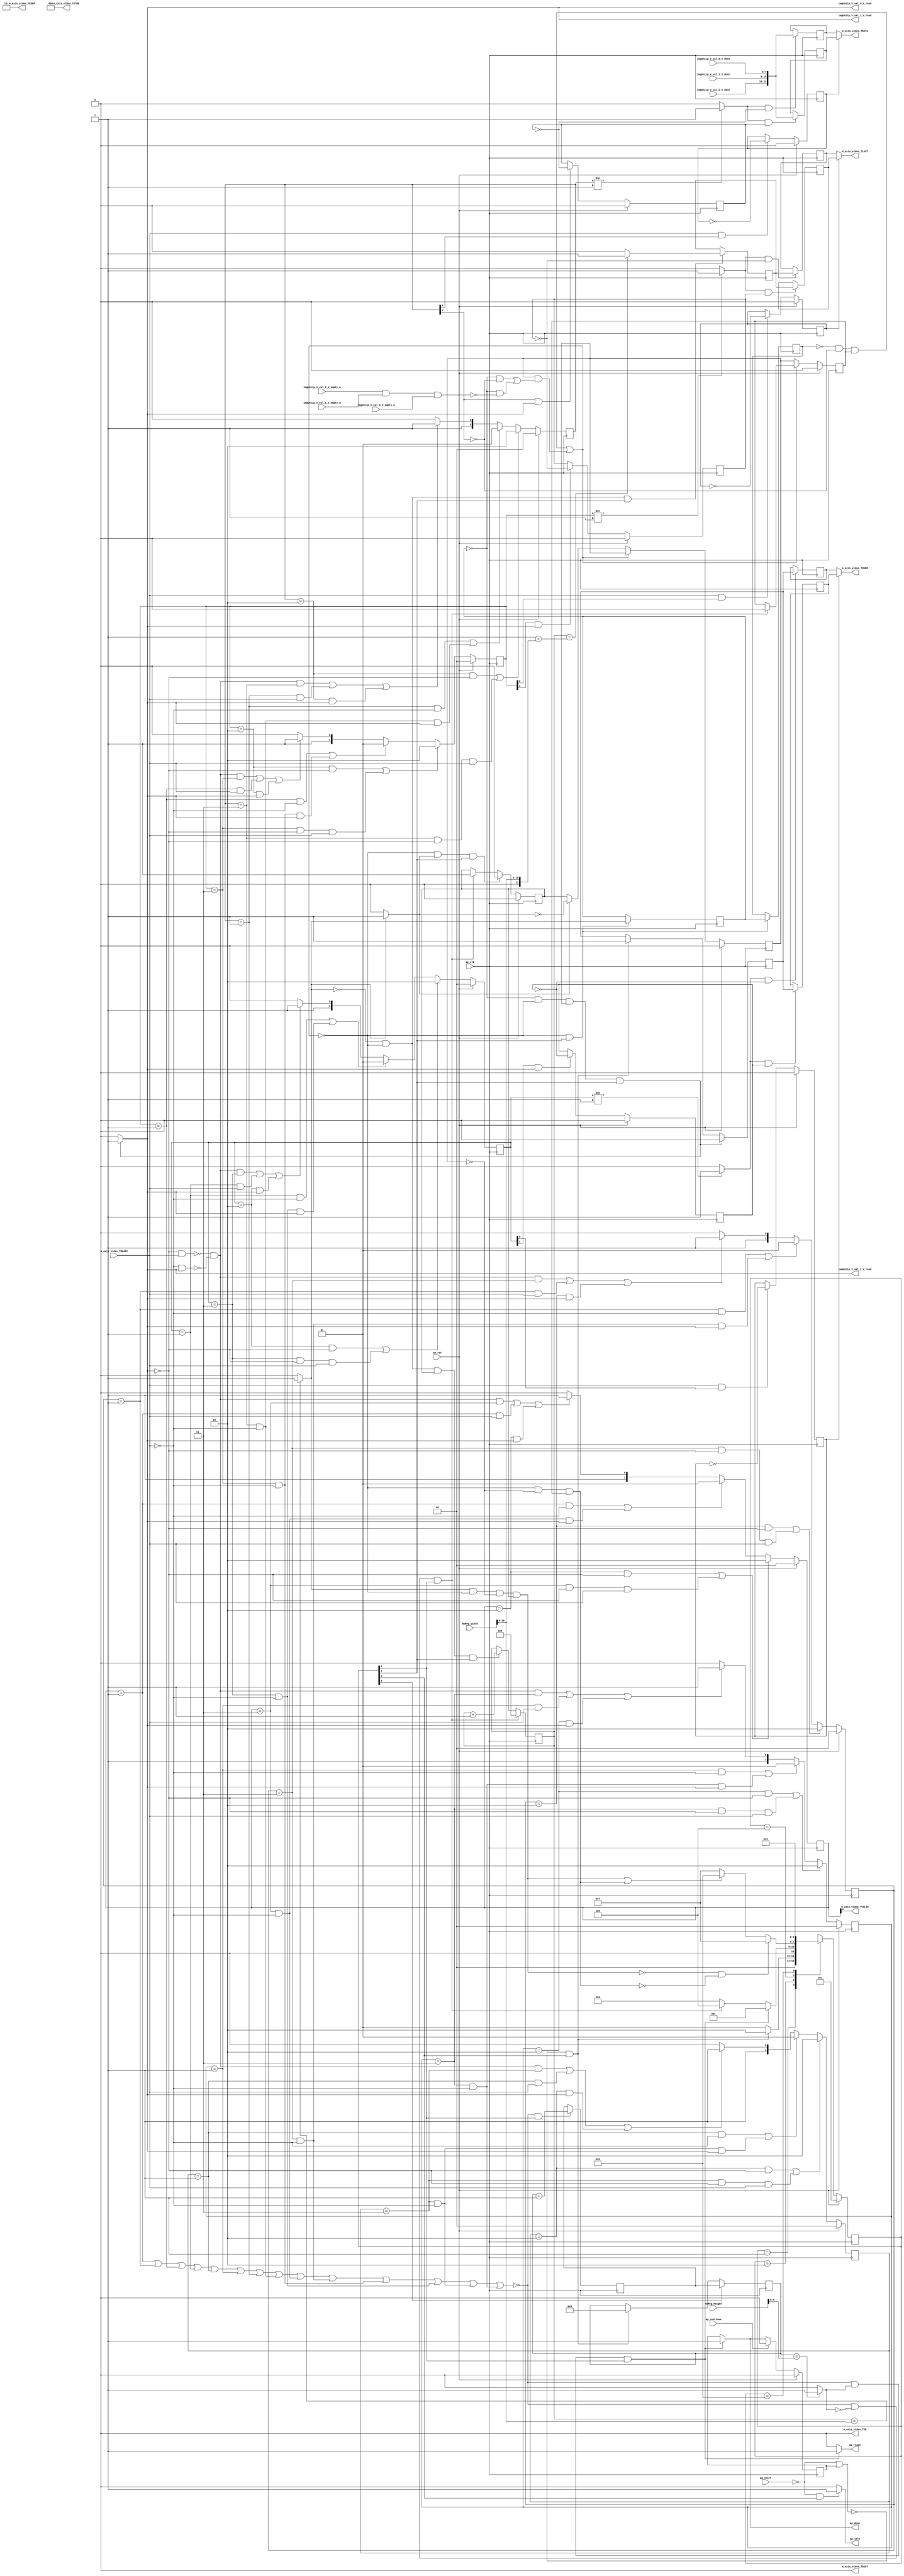
// ==============================================================
// RTL generated by Vivado(TM) HLS - High-Level Synthesis from C, C++ and SystemC
// Version: 2019.1
// Copyright (C) 1986-2019 Xilinx, Inc. All Rights Reserved.
// 
// ===========================================================

`timescale 1 ns / 1 ps 

module design_1_v_demosaic_0_0_MultiPixStream2AXIvi (
        ap_clk,
        ap_rst,
        ap_start,
        ap_done,
        ap_continue,
        ap_idle,
        ap_ready,
        imgUnzip_V_val_0_V_dout,
        imgUnzip_V_val_0_V_empty_n,
        imgUnzip_V_val_0_V_read,
        imgUnzip_V_val_1_V_dout,
        imgUnzip_V_val_1_V_empty_n,
        imgUnzip_V_val_1_V_read,
        imgUnzip_V_val_2_V_dout,
        imgUnzip_V_val_2_V_empty_n,
        imgUnzip_V_val_2_V_read,
        m_axis_video_TDATA,
        m_axis_video_TVALID,
        m_axis_video_TREADY,
        m_axis_video_TKEEP,
        m_axis_video_TSTRB,
        m_axis_video_TUSER,
        m_axis_video_TLAST,
        m_axis_video_TID,
        m_axis_video_TDEST,
        HwReg_height,
        HwReg_width
);

parameter    ap_ST_fsm_state1 = 4'd1;
parameter    ap_ST_fsm_state2 = 4'd2;
parameter    ap_ST_fsm_pp0_stage0 = 4'd4;
parameter    ap_ST_fsm_state6 = 4'd8;

input   ap_clk;
input   ap_rst;
input   ap_start;
output   ap_done;
input   ap_continue;
output   ap_idle;
output   ap_ready;
input  [7:0] imgUnzip_V_val_0_V_dout;
input   imgUnzip_V_val_0_V_empty_n;
output   imgUnzip_V_val_0_V_read;
input  [7:0] imgUnzip_V_val_1_V_dout;
input   imgUnzip_V_val_1_V_empty_n;
output   imgUnzip_V_val_1_V_read;
input  [7:0] imgUnzip_V_val_2_V_dout;
input   imgUnzip_V_val_2_V_empty_n;
output   imgUnzip_V_val_2_V_read;
output  [23:0] m_axis_video_TDATA;
output   m_axis_video_TVALID;
input   m_axis_video_TREADY;
output  [2:0] m_axis_video_TKEEP;
output  [2:0] m_axis_video_TSTRB;
output  [0:0] m_axis_video_TUSER;
output  [0:0] m_axis_video_TLAST;
output  [0:0] m_axis_video_TID;
output  [0:0] m_axis_video_TDEST;
input  [15:0] HwReg_height;
input  [15:0] HwReg_width;

reg ap_done;
reg ap_idle;
reg ap_ready;
reg imgUnzip_V_val_0_V_read;
reg imgUnzip_V_val_1_V_read;
reg imgUnzip_V_val_2_V_read;

reg    ap_done_reg;
(* fsm_encoding = "none" *) reg   [3:0] ap_CS_fsm;
wire    ap_CS_fsm_state1;
reg   [23:0] m_axis_video_V_data_V_1_data_out;
reg    m_axis_video_V_data_V_1_vld_in;
wire    m_axis_video_V_data_V_1_vld_out;
wire    m_axis_video_V_data_V_1_ack_in;
wire    m_axis_video_V_data_V_1_ack_out;
reg   [23:0] m_axis_video_V_data_V_1_payload_A;
reg   [23:0] m_axis_video_V_data_V_1_payload_B;
reg    m_axis_video_V_data_V_1_sel_rd;
reg    m_axis_video_V_data_V_1_sel_wr;
wire    m_axis_video_V_data_V_1_sel;
wire    m_axis_video_V_data_V_1_load_A;
wire    m_axis_video_V_data_V_1_load_B;
reg   [1:0] m_axis_video_V_data_V_1_state;
wire    m_axis_video_V_data_V_1_state_cmp_full;
wire   [2:0] m_axis_video_V_keep_V_1_data_out;
reg    m_axis_video_V_keep_V_1_vld_in;
wire    m_axis_video_V_keep_V_1_vld_out;
wire    m_axis_video_V_keep_V_1_ack_out;
reg    m_axis_video_V_keep_V_1_sel_rd;
wire    m_axis_video_V_keep_V_1_sel;
reg   [1:0] m_axis_video_V_keep_V_1_state;
wire   [2:0] m_axis_video_V_strb_V_1_data_out;
reg    m_axis_video_V_strb_V_1_vld_in;
wire    m_axis_video_V_strb_V_1_vld_out;
wire    m_axis_video_V_strb_V_1_ack_out;
reg    m_axis_video_V_strb_V_1_sel_rd;
wire    m_axis_video_V_strb_V_1_sel;
reg   [1:0] m_axis_video_V_strb_V_1_state;
reg   [0:0] m_axis_video_V_user_V_1_data_out;
reg    m_axis_video_V_user_V_1_vld_in;
wire    m_axis_video_V_user_V_1_vld_out;
wire    m_axis_video_V_user_V_1_ack_in;
wire    m_axis_video_V_user_V_1_ack_out;
reg   [0:0] m_axis_video_V_user_V_1_payload_A;
reg   [0:0] m_axis_video_V_user_V_1_payload_B;
reg    m_axis_video_V_user_V_1_sel_rd;
reg    m_axis_video_V_user_V_1_sel_wr;
wire    m_axis_video_V_user_V_1_sel;
wire    m_axis_video_V_user_V_1_load_A;
wire    m_axis_video_V_user_V_1_load_B;
reg   [1:0] m_axis_video_V_user_V_1_state;
wire    m_axis_video_V_user_V_1_state_cmp_full;
reg   [0:0] m_axis_video_V_last_V_1_data_out;
reg    m_axis_video_V_last_V_1_vld_in;
wire    m_axis_video_V_last_V_1_vld_out;
wire    m_axis_video_V_last_V_1_ack_in;
wire    m_axis_video_V_last_V_1_ack_out;
reg   [0:0] m_axis_video_V_last_V_1_payload_A;
reg   [0:0] m_axis_video_V_last_V_1_payload_B;
reg    m_axis_video_V_last_V_1_sel_rd;
reg    m_axis_video_V_last_V_1_sel_wr;
wire    m_axis_video_V_last_V_1_sel;
wire    m_axis_video_V_last_V_1_load_A;
wire    m_axis_video_V_last_V_1_load_B;
reg   [1:0] m_axis_video_V_last_V_1_state;
wire    m_axis_video_V_last_V_1_state_cmp_full;
wire   [0:0] m_axis_video_V_id_V_1_data_out;
reg    m_axis_video_V_id_V_1_vld_in;
wire    m_axis_video_V_id_V_1_vld_out;
wire    m_axis_video_V_id_V_1_ack_out;
reg    m_axis_video_V_id_V_1_sel_rd;
wire    m_axis_video_V_id_V_1_sel;
reg   [1:0] m_axis_video_V_id_V_1_state;
wire   [0:0] m_axis_video_V_dest_V_1_data_out;
reg    m_axis_video_V_dest_V_1_vld_in;
wire    m_axis_video_V_dest_V_1_vld_out;
wire    m_axis_video_V_dest_V_1_ack_out;
reg    m_axis_video_V_dest_V_1_sel_rd;
wire    m_axis_video_V_dest_V_1_sel;
reg   [1:0] m_axis_video_V_dest_V_1_state;
reg    imgUnzip_V_val_0_V_blk_n;
wire    ap_CS_fsm_pp0_stage0;
reg    ap_enable_reg_pp0_iter1;
wire    ap_block_pp0_stage0;
reg   [0:0] icmp_ln213_reg_316;
reg    imgUnzip_V_val_1_V_blk_n;
reg    imgUnzip_V_val_2_V_blk_n;
reg    m_axis_video_TDATA_blk_n;
reg    ap_enable_reg_pp0_iter2;
reg   [0:0] icmp_ln213_reg_316_pp0_iter1_reg;
reg   [10:0] t_V_1_reg_188;
wire   [9:0] rows_V_fu_199_p1;
reg    ap_block_state1;
wire   [10:0] cols_V_fu_203_p1;
wire   [11:0] ret_V_fu_211_p2;
wire   [0:0] icmp_ln211_fu_222_p2;
wire    ap_CS_fsm_state2;
reg    ap_block_state2;
wire   [9:0] i_V_fu_227_p2;
reg   [9:0] i_V_reg_311;
wire   [0:0] icmp_ln213_fu_233_p2;
wire    ap_block_state3_pp0_stage0_iter0;
wire    io_acc_block_signal_op35;
reg    ap_block_state4_pp0_stage0_iter1;
reg    ap_block_state4_io;
wire    ap_block_state5_pp0_stage0_iter2;
reg    ap_block_state5_io;
reg    ap_block_pp0_stage0_11001;
wire   [10:0] j_V_fu_238_p2;
reg    ap_enable_reg_pp0_iter0;
wire   [0:0] tmp_last_V_fu_248_p2;
reg   [0:0] tmp_last_V_reg_325;
wire   [23:0] tmp_data_V_fu_269_p4;
reg    ap_block_pp0_stage0_subdone;
reg    ap_condition_pp0_exit_iter0_state3;
reg   [9:0] t_V_reg_177;
wire    ap_CS_fsm_state6;
reg   [0:0] tmp_user_V_fu_122;
reg    ap_block_pp0_stage0_01001;
wire   [11:0] zext_ln1354_fu_207_p1;
wire   [11:0] zext_ln879_fu_244_p1;
reg   [3:0] ap_NS_fsm;
reg    ap_idle_pp0;
wire    ap_enable_pp0;

// power-on initialization
initial begin
#0 ap_done_reg = 1'b0;
#0 ap_CS_fsm = 4'd1;
#0 m_axis_video_V_data_V_1_sel_rd = 1'b0;
#0 m_axis_video_V_data_V_1_sel_wr = 1'b0;
#0 m_axis_video_V_data_V_1_state = 2'd0;
#0 m_axis_video_V_keep_V_1_sel_rd = 1'b0;
#0 m_axis_video_V_keep_V_1_state = 2'd0;
#0 m_axis_video_V_strb_V_1_sel_rd = 1'b0;
#0 m_axis_video_V_strb_V_1_state = 2'd0;
#0 m_axis_video_V_user_V_1_sel_rd = 1'b0;
#0 m_axis_video_V_user_V_1_sel_wr = 1'b0;
#0 m_axis_video_V_user_V_1_state = 2'd0;
#0 m_axis_video_V_last_V_1_sel_rd = 1'b0;
#0 m_axis_video_V_last_V_1_sel_wr = 1'b0;
#0 m_axis_video_V_last_V_1_state = 2'd0;
#0 m_axis_video_V_id_V_1_sel_rd = 1'b0;
#0 m_axis_video_V_id_V_1_state = 2'd0;
#0 m_axis_video_V_dest_V_1_sel_rd = 1'b0;
#0 m_axis_video_V_dest_V_1_state = 2'd0;
#0 ap_enable_reg_pp0_iter1 = 1'b0;
#0 ap_enable_reg_pp0_iter2 = 1'b0;
#0 ap_enable_reg_pp0_iter0 = 1'b0;
end

always @ (posedge ap_clk) begin
    if (ap_rst == 1'b1) begin
        ap_CS_fsm <= ap_ST_fsm_state1;
    end else begin
        ap_CS_fsm <= ap_NS_fsm;
    end
end

always @ (posedge ap_clk) begin
    if (ap_rst == 1'b1) begin
        ap_done_reg <= 1'b0;
    end else begin
        if ((ap_continue == 1'b1)) begin
            ap_done_reg <= 1'b0;
        end else if ((~((m_axis_video_V_dest_V_1_state == 2'd1) | (m_axis_video_V_id_V_1_state == 2'd1) | (m_axis_video_V_last_V_1_state == 2'd1) | (m_axis_video_V_user_V_1_state == 2'd1) | (m_axis_video_V_strb_V_1_state == 2'd1) | (m_axis_video_V_keep_V_1_state == 2'd1) | (m_axis_video_V_data_V_1_state == 2'd1) | ((m_axis_video_V_data_V_1_state == 2'd3) & (m_axis_video_TREADY == 1'b0)) | ((m_axis_video_V_dest_V_1_state == 2'd3) & (m_axis_video_TREADY == 1'b0)) | ((m_axis_video_V_id_V_1_state == 2'd3) & (m_axis_video_TREADY == 1'b0)) | ((m_axis_video_V_last_V_1_state == 2'd3) & (m_axis_video_TREADY == 1'b0)) | ((m_axis_video_V_user_V_1_state == 2'd3) & (m_axis_video_TREADY == 1'b0)) | ((m_axis_video_V_strb_V_1_state == 2'd3) & (m_axis_video_TREADY == 1'b0)) | ((m_axis_video_V_keep_V_1_state == 2'd3) & (m_axis_video_TREADY == 1'b0))) & (icmp_ln211_fu_222_p2 == 1'd1) & (1'b1 == ap_CS_fsm_state2))) begin
            ap_done_reg <= 1'b1;
        end
    end
end

always @ (posedge ap_clk) begin
    if (ap_rst == 1'b1) begin
        ap_enable_reg_pp0_iter0 <= 1'b0;
    end else begin
        if (((1'b0 == ap_block_pp0_stage0_subdone) & (1'b1 == ap_condition_pp0_exit_iter0_state3) & (1'b1 == ap_CS_fsm_pp0_stage0))) begin
            ap_enable_reg_pp0_iter0 <= 1'b0;
        end else if ((~((m_axis_video_V_dest_V_1_state == 2'd1) | (m_axis_video_V_id_V_1_state == 2'd1) | (m_axis_video_V_last_V_1_state == 2'd1) | (m_axis_video_V_user_V_1_state == 2'd1) | (m_axis_video_V_strb_V_1_state == 2'd1) | (m_axis_video_V_keep_V_1_state == 2'd1) | (m_axis_video_V_data_V_1_state == 2'd1) | ((m_axis_video_V_data_V_1_state == 2'd3) & (m_axis_video_TREADY == 1'b0)) | ((m_axis_video_V_dest_V_1_state == 2'd3) & (m_axis_video_TREADY == 1'b0)) | ((m_axis_video_V_id_V_1_state == 2'd3) & (m_axis_video_TREADY == 1'b0)) | ((m_axis_video_V_last_V_1_state == 2'd3) & (m_axis_video_TREADY == 1'b0)) | ((m_axis_video_V_user_V_1_state == 2'd3) & (m_axis_video_TREADY == 1'b0)) | ((m_axis_video_V_strb_V_1_state == 2'd3) & (m_axis_video_TREADY == 1'b0)) | ((m_axis_video_V_keep_V_1_state == 2'd3) & (m_axis_video_TREADY == 1'b0))) & (icmp_ln211_fu_222_p2 == 1'd0) & (1'b1 == ap_CS_fsm_state2))) begin
            ap_enable_reg_pp0_iter0 <= 1'b1;
        end
    end
end

always @ (posedge ap_clk) begin
    if (ap_rst == 1'b1) begin
        ap_enable_reg_pp0_iter1 <= 1'b0;
    end else begin
        if ((1'b0 == ap_block_pp0_stage0_subdone)) begin
            if ((1'b1 == ap_condition_pp0_exit_iter0_state3)) begin
                ap_enable_reg_pp0_iter1 <= (1'b1 ^ ap_condition_pp0_exit_iter0_state3);
            end else if ((1'b1 == 1'b1)) begin
                ap_enable_reg_pp0_iter1 <= ap_enable_reg_pp0_iter0;
            end
        end
    end
end

always @ (posedge ap_clk) begin
    if (ap_rst == 1'b1) begin
        ap_enable_reg_pp0_iter2 <= 1'b0;
    end else begin
        if ((1'b0 == ap_block_pp0_stage0_subdone)) begin
            ap_enable_reg_pp0_iter2 <= ap_enable_reg_pp0_iter1;
        end else if ((~((m_axis_video_V_dest_V_1_state == 2'd1) | (m_axis_video_V_id_V_1_state == 2'd1) | (m_axis_video_V_last_V_1_state == 2'd1) | (m_axis_video_V_user_V_1_state == 2'd1) | (m_axis_video_V_strb_V_1_state == 2'd1) | (m_axis_video_V_keep_V_1_state == 2'd1) | (m_axis_video_V_data_V_1_state == 2'd1) | ((m_axis_video_V_data_V_1_state == 2'd3) & (m_axis_video_TREADY == 1'b0)) | ((m_axis_video_V_dest_V_1_state == 2'd3) & (m_axis_video_TREADY == 1'b0)) | ((m_axis_video_V_id_V_1_state == 2'd3) & (m_axis_video_TREADY == 1'b0)) | ((m_axis_video_V_last_V_1_state == 2'd3) & (m_axis_video_TREADY == 1'b0)) | ((m_axis_video_V_user_V_1_state == 2'd3) & (m_axis_video_TREADY == 1'b0)) | ((m_axis_video_V_strb_V_1_state == 2'd3) & (m_axis_video_TREADY == 1'b0)) | ((m_axis_video_V_keep_V_1_state == 2'd3) & (m_axis_video_TREADY == 1'b0))) & (icmp_ln211_fu_222_p2 == 1'd0) & (1'b1 == ap_CS_fsm_state2))) begin
            ap_enable_reg_pp0_iter2 <= 1'b0;
        end
    end
end

always @ (posedge ap_clk) begin
    if (ap_rst == 1'b1) begin
        m_axis_video_V_data_V_1_sel_rd <= 1'b0;
    end else begin
        if (((m_axis_video_V_data_V_1_ack_out == 1'b1) & (m_axis_video_V_data_V_1_vld_out == 1'b1))) begin
            m_axis_video_V_data_V_1_sel_rd <= ~m_axis_video_V_data_V_1_sel_rd;
        end
    end
end

always @ (posedge ap_clk) begin
    if (ap_rst == 1'b1) begin
        m_axis_video_V_data_V_1_sel_wr <= 1'b0;
    end else begin
        if (((m_axis_video_V_data_V_1_ack_in == 1'b1) & (m_axis_video_V_data_V_1_vld_in == 1'b1))) begin
            m_axis_video_V_data_V_1_sel_wr <= ~m_axis_video_V_data_V_1_sel_wr;
        end
    end
end

always @ (posedge ap_clk) begin
    if (ap_rst == 1'b1) begin
        m_axis_video_V_data_V_1_state <= 2'd0;
    end else begin
        if ((((m_axis_video_V_data_V_1_state == 2'd2) & (m_axis_video_V_data_V_1_vld_in == 1'b0)) | ((m_axis_video_V_data_V_1_state == 2'd3) & (m_axis_video_V_data_V_1_vld_in == 1'b0) & (m_axis_video_V_data_V_1_ack_out == 1'b1)))) begin
            m_axis_video_V_data_V_1_state <= 2'd2;
        end else if ((((m_axis_video_V_data_V_1_state == 2'd1) & (m_axis_video_TREADY == 1'b0)) | ((m_axis_video_V_data_V_1_state == 2'd3) & (m_axis_video_TREADY == 1'b0) & (m_axis_video_V_data_V_1_vld_in == 1'b1)))) begin
            m_axis_video_V_data_V_1_state <= 2'd1;
        end else if (((~((m_axis_video_V_data_V_1_vld_in == 1'b0) & (m_axis_video_V_data_V_1_ack_out == 1'b1)) & ~((m_axis_video_TREADY == 1'b0) & (m_axis_video_V_data_V_1_vld_in == 1'b1)) & (m_axis_video_V_data_V_1_state == 2'd3)) | ((m_axis_video_V_data_V_1_state == 2'd1) & (m_axis_video_V_data_V_1_ack_out == 1'b1)) | ((m_axis_video_V_data_V_1_state == 2'd2) & (m_axis_video_V_data_V_1_vld_in == 1'b1)))) begin
            m_axis_video_V_data_V_1_state <= 2'd3;
        end else begin
            m_axis_video_V_data_V_1_state <= 2'd2;
        end
    end
end

always @ (posedge ap_clk) begin
    if (ap_rst == 1'b1) begin
        m_axis_video_V_dest_V_1_sel_rd <= 1'b0;
    end else begin
        if (((m_axis_video_V_dest_V_1_ack_out == 1'b1) & (m_axis_video_V_dest_V_1_vld_out == 1'b1))) begin
            m_axis_video_V_dest_V_1_sel_rd <= ~m_axis_video_V_dest_V_1_sel_rd;
        end
    end
end

always @ (posedge ap_clk) begin
    if (ap_rst == 1'b1) begin
        m_axis_video_V_dest_V_1_state <= 2'd0;
    end else begin
        if ((((m_axis_video_V_dest_V_1_state == 2'd2) & (m_axis_video_V_dest_V_1_vld_in == 1'b0)) | ((m_axis_video_V_dest_V_1_state == 2'd3) & (m_axis_video_V_dest_V_1_vld_in == 1'b0) & (m_axis_video_V_dest_V_1_ack_out == 1'b1)))) begin
            m_axis_video_V_dest_V_1_state <= 2'd2;
        end else if ((((m_axis_video_V_dest_V_1_state == 2'd1) & (m_axis_video_TREADY == 1'b0)) | ((m_axis_video_V_dest_V_1_state == 2'd3) & (m_axis_video_TREADY == 1'b0) & (m_axis_video_V_dest_V_1_vld_in == 1'b1)))) begin
            m_axis_video_V_dest_V_1_state <= 2'd1;
        end else if (((~((m_axis_video_V_dest_V_1_vld_in == 1'b0) & (m_axis_video_V_dest_V_1_ack_out == 1'b1)) & ~((m_axis_video_TREADY == 1'b0) & (m_axis_video_V_dest_V_1_vld_in == 1'b1)) & (m_axis_video_V_dest_V_1_state == 2'd3)) | ((m_axis_video_V_dest_V_1_state == 2'd1) & (m_axis_video_V_dest_V_1_ack_out == 1'b1)) | ((m_axis_video_V_dest_V_1_state == 2'd2) & (m_axis_video_V_dest_V_1_vld_in == 1'b1)))) begin
            m_axis_video_V_dest_V_1_state <= 2'd3;
        end else begin
            m_axis_video_V_dest_V_1_state <= 2'd2;
        end
    end
end

always @ (posedge ap_clk) begin
    if (ap_rst == 1'b1) begin
        m_axis_video_V_id_V_1_sel_rd <= 1'b0;
    end else begin
        if (((m_axis_video_V_id_V_1_ack_out == 1'b1) & (m_axis_video_V_id_V_1_vld_out == 1'b1))) begin
            m_axis_video_V_id_V_1_sel_rd <= ~m_axis_video_V_id_V_1_sel_rd;
        end
    end
end

always @ (posedge ap_clk) begin
    if (ap_rst == 1'b1) begin
        m_axis_video_V_id_V_1_state <= 2'd0;
    end else begin
        if ((((m_axis_video_V_id_V_1_state == 2'd2) & (m_axis_video_V_id_V_1_vld_in == 1'b0)) | ((m_axis_video_V_id_V_1_state == 2'd3) & (m_axis_video_V_id_V_1_vld_in == 1'b0) & (m_axis_video_V_id_V_1_ack_out == 1'b1)))) begin
            m_axis_video_V_id_V_1_state <= 2'd2;
        end else if ((((m_axis_video_V_id_V_1_state == 2'd1) & (m_axis_video_TREADY == 1'b0)) | ((m_axis_video_V_id_V_1_state == 2'd3) & (m_axis_video_TREADY == 1'b0) & (m_axis_video_V_id_V_1_vld_in == 1'b1)))) begin
            m_axis_video_V_id_V_1_state <= 2'd1;
        end else if (((~((m_axis_video_V_id_V_1_vld_in == 1'b0) & (m_axis_video_V_id_V_1_ack_out == 1'b1)) & ~((m_axis_video_TREADY == 1'b0) & (m_axis_video_V_id_V_1_vld_in == 1'b1)) & (m_axis_video_V_id_V_1_state == 2'd3)) | ((m_axis_video_V_id_V_1_state == 2'd1) & (m_axis_video_V_id_V_1_ack_out == 1'b1)) | ((m_axis_video_V_id_V_1_state == 2'd2) & (m_axis_video_V_id_V_1_vld_in == 1'b1)))) begin
            m_axis_video_V_id_V_1_state <= 2'd3;
        end else begin
            m_axis_video_V_id_V_1_state <= 2'd2;
        end
    end
end

always @ (posedge ap_clk) begin
    if (ap_rst == 1'b1) begin
        m_axis_video_V_keep_V_1_sel_rd <= 1'b0;
    end else begin
        if (((m_axis_video_V_keep_V_1_ack_out == 1'b1) & (m_axis_video_V_keep_V_1_vld_out == 1'b1))) begin
            m_axis_video_V_keep_V_1_sel_rd <= ~m_axis_video_V_keep_V_1_sel_rd;
        end
    end
end

always @ (posedge ap_clk) begin
    if (ap_rst == 1'b1) begin
        m_axis_video_V_keep_V_1_state <= 2'd0;
    end else begin
        if ((((m_axis_video_V_keep_V_1_state == 2'd2) & (m_axis_video_V_keep_V_1_vld_in == 1'b0)) | ((m_axis_video_V_keep_V_1_state == 2'd3) & (m_axis_video_V_keep_V_1_vld_in == 1'b0) & (m_axis_video_V_keep_V_1_ack_out == 1'b1)))) begin
            m_axis_video_V_keep_V_1_state <= 2'd2;
        end else if ((((m_axis_video_V_keep_V_1_state == 2'd1) & (m_axis_video_TREADY == 1'b0)) | ((m_axis_video_V_keep_V_1_state == 2'd3) & (m_axis_video_TREADY == 1'b0) & (m_axis_video_V_keep_V_1_vld_in == 1'b1)))) begin
            m_axis_video_V_keep_V_1_state <= 2'd1;
        end else if (((~((m_axis_video_V_keep_V_1_vld_in == 1'b0) & (m_axis_video_V_keep_V_1_ack_out == 1'b1)) & ~((m_axis_video_TREADY == 1'b0) & (m_axis_video_V_keep_V_1_vld_in == 1'b1)) & (m_axis_video_V_keep_V_1_state == 2'd3)) | ((m_axis_video_V_keep_V_1_state == 2'd1) & (m_axis_video_V_keep_V_1_ack_out == 1'b1)) | ((m_axis_video_V_keep_V_1_state == 2'd2) & (m_axis_video_V_keep_V_1_vld_in == 1'b1)))) begin
            m_axis_video_V_keep_V_1_state <= 2'd3;
        end else begin
            m_axis_video_V_keep_V_1_state <= 2'd2;
        end
    end
end

always @ (posedge ap_clk) begin
    if (ap_rst == 1'b1) begin
        m_axis_video_V_last_V_1_sel_rd <= 1'b0;
    end else begin
        if (((m_axis_video_V_last_V_1_ack_out == 1'b1) & (m_axis_video_V_last_V_1_vld_out == 1'b1))) begin
            m_axis_video_V_last_V_1_sel_rd <= ~m_axis_video_V_last_V_1_sel_rd;
        end
    end
end

always @ (posedge ap_clk) begin
    if (ap_rst == 1'b1) begin
        m_axis_video_V_last_V_1_sel_wr <= 1'b0;
    end else begin
        if (((m_axis_video_V_last_V_1_ack_in == 1'b1) & (m_axis_video_V_last_V_1_vld_in == 1'b1))) begin
            m_axis_video_V_last_V_1_sel_wr <= ~m_axis_video_V_last_V_1_sel_wr;
        end
    end
end

always @ (posedge ap_clk) begin
    if (ap_rst == 1'b1) begin
        m_axis_video_V_last_V_1_state <= 2'd0;
    end else begin
        if ((((m_axis_video_V_last_V_1_state == 2'd2) & (m_axis_video_V_last_V_1_vld_in == 1'b0)) | ((m_axis_video_V_last_V_1_state == 2'd3) & (m_axis_video_V_last_V_1_vld_in == 1'b0) & (m_axis_video_V_last_V_1_ack_out == 1'b1)))) begin
            m_axis_video_V_last_V_1_state <= 2'd2;
        end else if ((((m_axis_video_V_last_V_1_state == 2'd1) & (m_axis_video_TREADY == 1'b0)) | ((m_axis_video_V_last_V_1_state == 2'd3) & (m_axis_video_TREADY == 1'b0) & (m_axis_video_V_last_V_1_vld_in == 1'b1)))) begin
            m_axis_video_V_last_V_1_state <= 2'd1;
        end else if (((~((m_axis_video_V_last_V_1_vld_in == 1'b0) & (m_axis_video_V_last_V_1_ack_out == 1'b1)) & ~((m_axis_video_TREADY == 1'b0) & (m_axis_video_V_last_V_1_vld_in == 1'b1)) & (m_axis_video_V_last_V_1_state == 2'd3)) | ((m_axis_video_V_last_V_1_state == 2'd1) & (m_axis_video_V_last_V_1_ack_out == 1'b1)) | ((m_axis_video_V_last_V_1_state == 2'd2) & (m_axis_video_V_last_V_1_vld_in == 1'b1)))) begin
            m_axis_video_V_last_V_1_state <= 2'd3;
        end else begin
            m_axis_video_V_last_V_1_state <= 2'd2;
        end
    end
end

always @ (posedge ap_clk) begin
    if (ap_rst == 1'b1) begin
        m_axis_video_V_strb_V_1_sel_rd <= 1'b0;
    end else begin
        if (((m_axis_video_V_strb_V_1_ack_out == 1'b1) & (m_axis_video_V_strb_V_1_vld_out == 1'b1))) begin
            m_axis_video_V_strb_V_1_sel_rd <= ~m_axis_video_V_strb_V_1_sel_rd;
        end
    end
end

always @ (posedge ap_clk) begin
    if (ap_rst == 1'b1) begin
        m_axis_video_V_strb_V_1_state <= 2'd0;
    end else begin
        if ((((m_axis_video_V_strb_V_1_state == 2'd2) & (m_axis_video_V_strb_V_1_vld_in == 1'b0)) | ((m_axis_video_V_strb_V_1_state == 2'd3) & (m_axis_video_V_strb_V_1_vld_in == 1'b0) & (m_axis_video_V_strb_V_1_ack_out == 1'b1)))) begin
            m_axis_video_V_strb_V_1_state <= 2'd2;
        end else if ((((m_axis_video_V_strb_V_1_state == 2'd1) & (m_axis_video_TREADY == 1'b0)) | ((m_axis_video_V_strb_V_1_state == 2'd3) & (m_axis_video_TREADY == 1'b0) & (m_axis_video_V_strb_V_1_vld_in == 1'b1)))) begin
            m_axis_video_V_strb_V_1_state <= 2'd1;
        end else if (((~((m_axis_video_V_strb_V_1_vld_in == 1'b0) & (m_axis_video_V_strb_V_1_ack_out == 1'b1)) & ~((m_axis_video_TREADY == 1'b0) & (m_axis_video_V_strb_V_1_vld_in == 1'b1)) & (m_axis_video_V_strb_V_1_state == 2'd3)) | ((m_axis_video_V_strb_V_1_state == 2'd1) & (m_axis_video_V_strb_V_1_ack_out == 1'b1)) | ((m_axis_video_V_strb_V_1_state == 2'd2) & (m_axis_video_V_strb_V_1_vld_in == 1'b1)))) begin
            m_axis_video_V_strb_V_1_state <= 2'd3;
        end else begin
            m_axis_video_V_strb_V_1_state <= 2'd2;
        end
    end
end

always @ (posedge ap_clk) begin
    if (ap_rst == 1'b1) begin
        m_axis_video_V_user_V_1_sel_rd <= 1'b0;
    end else begin
        if (((m_axis_video_V_user_V_1_ack_out == 1'b1) & (m_axis_video_V_user_V_1_vld_out == 1'b1))) begin
            m_axis_video_V_user_V_1_sel_rd <= ~m_axis_video_V_user_V_1_sel_rd;
        end
    end
end

always @ (posedge ap_clk) begin
    if (ap_rst == 1'b1) begin
        m_axis_video_V_user_V_1_sel_wr <= 1'b0;
    end else begin
        if (((m_axis_video_V_user_V_1_ack_in == 1'b1) & (m_axis_video_V_user_V_1_vld_in == 1'b1))) begin
            m_axis_video_V_user_V_1_sel_wr <= ~m_axis_video_V_user_V_1_sel_wr;
        end
    end
end

always @ (posedge ap_clk) begin
    if (ap_rst == 1'b1) begin
        m_axis_video_V_user_V_1_state <= 2'd0;
    end else begin
        if ((((m_axis_video_V_user_V_1_state == 2'd2) & (m_axis_video_V_user_V_1_vld_in == 1'b0)) | ((m_axis_video_V_user_V_1_state == 2'd3) & (m_axis_video_V_user_V_1_vld_in == 1'b0) & (m_axis_video_V_user_V_1_ack_out == 1'b1)))) begin
            m_axis_video_V_user_V_1_state <= 2'd2;
        end else if ((((m_axis_video_V_user_V_1_state == 2'd1) & (m_axis_video_TREADY == 1'b0)) | ((m_axis_video_V_user_V_1_state == 2'd3) & (m_axis_video_TREADY == 1'b0) & (m_axis_video_V_user_V_1_vld_in == 1'b1)))) begin
            m_axis_video_V_user_V_1_state <= 2'd1;
        end else if (((~((m_axis_video_V_user_V_1_vld_in == 1'b0) & (m_axis_video_V_user_V_1_ack_out == 1'b1)) & ~((m_axis_video_TREADY == 1'b0) & (m_axis_video_V_user_V_1_vld_in == 1'b1)) & (m_axis_video_V_user_V_1_state == 2'd3)) | ((m_axis_video_V_user_V_1_state == 2'd1) & (m_axis_video_V_user_V_1_ack_out == 1'b1)) | ((m_axis_video_V_user_V_1_state == 2'd2) & (m_axis_video_V_user_V_1_vld_in == 1'b1)))) begin
            m_axis_video_V_user_V_1_state <= 2'd3;
        end else begin
            m_axis_video_V_user_V_1_state <= 2'd2;
        end
    end
end

always @ (posedge ap_clk) begin
    if ((~((m_axis_video_V_dest_V_1_state == 2'd1) | (m_axis_video_V_id_V_1_state == 2'd1) | (m_axis_video_V_last_V_1_state == 2'd1) | (m_axis_video_V_user_V_1_state == 2'd1) | (m_axis_video_V_strb_V_1_state == 2'd1) | (m_axis_video_V_keep_V_1_state == 2'd1) | (m_axis_video_V_data_V_1_state == 2'd1) | ((m_axis_video_V_data_V_1_state == 2'd3) & (m_axis_video_TREADY == 1'b0)) | ((m_axis_video_V_dest_V_1_state == 2'd3) & (m_axis_video_TREADY == 1'b0)) | ((m_axis_video_V_id_V_1_state == 2'd3) & (m_axis_video_TREADY == 1'b0)) | ((m_axis_video_V_last_V_1_state == 2'd3) & (m_axis_video_TREADY == 1'b0)) | ((m_axis_video_V_user_V_1_state == 2'd3) & (m_axis_video_TREADY == 1'b0)) | ((m_axis_video_V_strb_V_1_state == 2'd3) & (m_axis_video_TREADY == 1'b0)) | ((m_axis_video_V_keep_V_1_state == 2'd3) & (m_axis_video_TREADY == 1'b0))) & (icmp_ln211_fu_222_p2 == 1'd0) & (1'b1 == ap_CS_fsm_state2))) begin
        t_V_1_reg_188 <= 11'd0;
    end else if (((icmp_ln213_fu_233_p2 == 1'd0) & (1'b0 == ap_block_pp0_stage0_11001) & (ap_enable_reg_pp0_iter0 == 1'b1) & (1'b1 == ap_CS_fsm_pp0_stage0))) begin
        t_V_1_reg_188 <= j_V_fu_238_p2;
    end
end

always @ (posedge ap_clk) begin
    if ((1'b1 == ap_CS_fsm_state6)) begin
        t_V_reg_177 <= i_V_reg_311;
    end else if ((~((ap_start == 1'b0) | (ap_done_reg == 1'b1)) & (1'b1 == ap_CS_fsm_state1))) begin
        t_V_reg_177 <= 10'd0;
    end
end

always @ (posedge ap_clk) begin
    if (((icmp_ln213_reg_316 == 1'd0) & (1'b0 == ap_block_pp0_stage0_11001) & (ap_enable_reg_pp0_iter1 == 1'b1) & (1'b1 == ap_CS_fsm_pp0_stage0))) begin
        tmp_user_V_fu_122 <= 1'd0;
    end else if ((~((ap_start == 1'b0) | (ap_done_reg == 1'b1)) & (1'b1 == ap_CS_fsm_state1))) begin
        tmp_user_V_fu_122 <= 1'd1;
    end
end

always @ (posedge ap_clk) begin
    if ((~((m_axis_video_V_dest_V_1_state == 2'd1) | (m_axis_video_V_id_V_1_state == 2'd1) | (m_axis_video_V_last_V_1_state == 2'd1) | (m_axis_video_V_user_V_1_state == 2'd1) | (m_axis_video_V_strb_V_1_state == 2'd1) | (m_axis_video_V_keep_V_1_state == 2'd1) | (m_axis_video_V_data_V_1_state == 2'd1) | ((m_axis_video_V_data_V_1_state == 2'd3) & (m_axis_video_TREADY == 1'b0)) | ((m_axis_video_V_dest_V_1_state == 2'd3) & (m_axis_video_TREADY == 1'b0)) | ((m_axis_video_V_id_V_1_state == 2'd3) & (m_axis_video_TREADY == 1'b0)) | ((m_axis_video_V_last_V_1_state == 2'd3) & (m_axis_video_TREADY == 1'b0)) | ((m_axis_video_V_user_V_1_state == 2'd3) & (m_axis_video_TREADY == 1'b0)) | ((m_axis_video_V_strb_V_1_state == 2'd3) & (m_axis_video_TREADY == 1'b0)) | ((m_axis_video_V_keep_V_1_state == 2'd3) & (m_axis_video_TREADY == 1'b0))) & (1'b1 == ap_CS_fsm_state2))) begin
        i_V_reg_311 <= i_V_fu_227_p2;
    end
end

always @ (posedge ap_clk) begin
    if (((1'b0 == ap_block_pp0_stage0_11001) & (1'b1 == ap_CS_fsm_pp0_stage0))) begin
        icmp_ln213_reg_316 <= icmp_ln213_fu_233_p2;
        icmp_ln213_reg_316_pp0_iter1_reg <= icmp_ln213_reg_316;
    end
end

always @ (posedge ap_clk) begin
    if ((m_axis_video_V_data_V_1_load_A == 1'b1)) begin
        m_axis_video_V_data_V_1_payload_A <= tmp_data_V_fu_269_p4;
    end
end

always @ (posedge ap_clk) begin
    if ((m_axis_video_V_data_V_1_load_B == 1'b1)) begin
        m_axis_video_V_data_V_1_payload_B <= tmp_data_V_fu_269_p4;
    end
end

always @ (posedge ap_clk) begin
    if ((m_axis_video_V_last_V_1_load_A == 1'b1)) begin
        m_axis_video_V_last_V_1_payload_A <= tmp_last_V_reg_325;
    end
end

always @ (posedge ap_clk) begin
    if ((m_axis_video_V_last_V_1_load_B == 1'b1)) begin
        m_axis_video_V_last_V_1_payload_B <= tmp_last_V_reg_325;
    end
end

always @ (posedge ap_clk) begin
    if ((m_axis_video_V_user_V_1_load_A == 1'b1)) begin
        m_axis_video_V_user_V_1_payload_A <= tmp_user_V_fu_122;
    end
end

always @ (posedge ap_clk) begin
    if ((m_axis_video_V_user_V_1_load_B == 1'b1)) begin
        m_axis_video_V_user_V_1_payload_B <= tmp_user_V_fu_122;
    end
end

always @ (posedge ap_clk) begin
    if (((icmp_ln213_fu_233_p2 == 1'd0) & (1'b0 == ap_block_pp0_stage0_11001) & (1'b1 == ap_CS_fsm_pp0_stage0))) begin
        tmp_last_V_reg_325 <= tmp_last_V_fu_248_p2;
    end
end

always @ (*) begin
    if ((icmp_ln213_fu_233_p2 == 1'd1)) begin
        ap_condition_pp0_exit_iter0_state3 = 1'b1;
    end else begin
        ap_condition_pp0_exit_iter0_state3 = 1'b0;
    end
end

always @ (*) begin
    if ((~((m_axis_video_V_dest_V_1_state == 2'd1) | (m_axis_video_V_id_V_1_state == 2'd1) | (m_axis_video_V_last_V_1_state == 2'd1) | (m_axis_video_V_user_V_1_state == 2'd1) | (m_axis_video_V_strb_V_1_state == 2'd1) | (m_axis_video_V_keep_V_1_state == 2'd1) | (m_axis_video_V_data_V_1_state == 2'd1) | ((m_axis_video_V_data_V_1_state == 2'd3) & (m_axis_video_TREADY == 1'b0)) | ((m_axis_video_V_dest_V_1_state == 2'd3) & (m_axis_video_TREADY == 1'b0)) | ((m_axis_video_V_id_V_1_state == 2'd3) & (m_axis_video_TREADY == 1'b0)) | ((m_axis_video_V_last_V_1_state == 2'd3) & (m_axis_video_TREADY == 1'b0)) | ((m_axis_video_V_user_V_1_state == 2'd3) & (m_axis_video_TREADY == 1'b0)) | ((m_axis_video_V_strb_V_1_state == 2'd3) & (m_axis_video_TREADY == 1'b0)) | ((m_axis_video_V_keep_V_1_state == 2'd3) & (m_axis_video_TREADY == 1'b0))) & (icmp_ln211_fu_222_p2 == 1'd1) & (1'b1 == ap_CS_fsm_state2))) begin
        ap_done = 1'b1;
    end else begin
        ap_done = ap_done_reg;
    end
end

always @ (*) begin
    if (((ap_start == 1'b0) & (1'b1 == ap_CS_fsm_state1))) begin
        ap_idle = 1'b1;
    end else begin
        ap_idle = 1'b0;
    end
end

always @ (*) begin
    if (((ap_enable_reg_pp0_iter0 == 1'b0) & (ap_enable_reg_pp0_iter2 == 1'b0) & (ap_enable_reg_pp0_iter1 == 1'b0))) begin
        ap_idle_pp0 = 1'b1;
    end else begin
        ap_idle_pp0 = 1'b0;
    end
end

always @ (*) begin
    if ((~((m_axis_video_V_dest_V_1_state == 2'd1) | (m_axis_video_V_id_V_1_state == 2'd1) | (m_axis_video_V_last_V_1_state == 2'd1) | (m_axis_video_V_user_V_1_state == 2'd1) | (m_axis_video_V_strb_V_1_state == 2'd1) | (m_axis_video_V_keep_V_1_state == 2'd1) | (m_axis_video_V_data_V_1_state == 2'd1) | ((m_axis_video_V_data_V_1_state == 2'd3) & (m_axis_video_TREADY == 1'b0)) | ((m_axis_video_V_dest_V_1_state == 2'd3) & (m_axis_video_TREADY == 1'b0)) | ((m_axis_video_V_id_V_1_state == 2'd3) & (m_axis_video_TREADY == 1'b0)) | ((m_axis_video_V_last_V_1_state == 2'd3) & (m_axis_video_TREADY == 1'b0)) | ((m_axis_video_V_user_V_1_state == 2'd3) & (m_axis_video_TREADY == 1'b0)) | ((m_axis_video_V_strb_V_1_state == 2'd3) & (m_axis_video_TREADY == 1'b0)) | ((m_axis_video_V_keep_V_1_state == 2'd3) & (m_axis_video_TREADY == 1'b0))) & (icmp_ln211_fu_222_p2 == 1'd1) & (1'b1 == ap_CS_fsm_state2))) begin
        ap_ready = 1'b1;
    end else begin
        ap_ready = 1'b0;
    end
end

always @ (*) begin
    if (((icmp_ln213_reg_316 == 1'd0) & (1'b0 == ap_block_pp0_stage0) & (ap_enable_reg_pp0_iter1 == 1'b1) & (1'b1 == ap_CS_fsm_pp0_stage0))) begin
        imgUnzip_V_val_0_V_blk_n = imgUnzip_V_val_0_V_empty_n;
    end else begin
        imgUnzip_V_val_0_V_blk_n = 1'b1;
    end
end

always @ (*) begin
    if (((icmp_ln213_reg_316 == 1'd0) & (1'b0 == ap_block_pp0_stage0_11001) & (ap_enable_reg_pp0_iter1 == 1'b1) & (1'b1 == ap_CS_fsm_pp0_stage0))) begin
        imgUnzip_V_val_0_V_read = 1'b1;
    end else begin
        imgUnzip_V_val_0_V_read = 1'b0;
    end
end

always @ (*) begin
    if (((icmp_ln213_reg_316 == 1'd0) & (1'b0 == ap_block_pp0_stage0) & (ap_enable_reg_pp0_iter1 == 1'b1) & (1'b1 == ap_CS_fsm_pp0_stage0))) begin
        imgUnzip_V_val_1_V_blk_n = imgUnzip_V_val_1_V_empty_n;
    end else begin
        imgUnzip_V_val_1_V_blk_n = 1'b1;
    end
end

always @ (*) begin
    if (((icmp_ln213_reg_316 == 1'd0) & (1'b0 == ap_block_pp0_stage0_11001) & (ap_enable_reg_pp0_iter1 == 1'b1) & (1'b1 == ap_CS_fsm_pp0_stage0))) begin
        imgUnzip_V_val_1_V_read = 1'b1;
    end else begin
        imgUnzip_V_val_1_V_read = 1'b0;
    end
end

always @ (*) begin
    if (((icmp_ln213_reg_316 == 1'd0) & (1'b0 == ap_block_pp0_stage0) & (ap_enable_reg_pp0_iter1 == 1'b1) & (1'b1 == ap_CS_fsm_pp0_stage0))) begin
        imgUnzip_V_val_2_V_blk_n = imgUnzip_V_val_2_V_empty_n;
    end else begin
        imgUnzip_V_val_2_V_blk_n = 1'b1;
    end
end

always @ (*) begin
    if (((icmp_ln213_reg_316 == 1'd0) & (1'b0 == ap_block_pp0_stage0_11001) & (ap_enable_reg_pp0_iter1 == 1'b1) & (1'b1 == ap_CS_fsm_pp0_stage0))) begin
        imgUnzip_V_val_2_V_read = 1'b1;
    end else begin
        imgUnzip_V_val_2_V_read = 1'b0;
    end
end

always @ (*) begin
    if ((((icmp_ln213_reg_316_pp0_iter1_reg == 1'd0) & (1'b0 == ap_block_pp0_stage0) & (ap_enable_reg_pp0_iter2 == 1'b1)) | ((icmp_ln213_reg_316 == 1'd0) & (1'b0 == ap_block_pp0_stage0) & (ap_enable_reg_pp0_iter1 == 1'b1) & (1'b1 == ap_CS_fsm_pp0_stage0)))) begin
        m_axis_video_TDATA_blk_n = m_axis_video_V_data_V_1_state[1'd1];
    end else begin
        m_axis_video_TDATA_blk_n = 1'b1;
    end
end

always @ (*) begin
    if ((m_axis_video_V_data_V_1_sel == 1'b1)) begin
        m_axis_video_V_data_V_1_data_out = m_axis_video_V_data_V_1_payload_B;
    end else begin
        m_axis_video_V_data_V_1_data_out = m_axis_video_V_data_V_1_payload_A;
    end
end

always @ (*) begin
    if (((icmp_ln213_reg_316 == 1'd0) & (1'b0 == ap_block_pp0_stage0_11001) & (ap_enable_reg_pp0_iter1 == 1'b1) & (1'b1 == ap_CS_fsm_pp0_stage0))) begin
        m_axis_video_V_data_V_1_vld_in = 1'b1;
    end else begin
        m_axis_video_V_data_V_1_vld_in = 1'b0;
    end
end

always @ (*) begin
    if (((icmp_ln213_reg_316 == 1'd0) & (1'b0 == ap_block_pp0_stage0_11001) & (ap_enable_reg_pp0_iter1 == 1'b1) & (1'b1 == ap_CS_fsm_pp0_stage0))) begin
        m_axis_video_V_dest_V_1_vld_in = 1'b1;
    end else begin
        m_axis_video_V_dest_V_1_vld_in = 1'b0;
    end
end

always @ (*) begin
    if (((icmp_ln213_reg_316 == 1'd0) & (1'b0 == ap_block_pp0_stage0_11001) & (ap_enable_reg_pp0_iter1 == 1'b1) & (1'b1 == ap_CS_fsm_pp0_stage0))) begin
        m_axis_video_V_id_V_1_vld_in = 1'b1;
    end else begin
        m_axis_video_V_id_V_1_vld_in = 1'b0;
    end
end

always @ (*) begin
    if (((icmp_ln213_reg_316 == 1'd0) & (1'b0 == ap_block_pp0_stage0_11001) & (ap_enable_reg_pp0_iter1 == 1'b1) & (1'b1 == ap_CS_fsm_pp0_stage0))) begin
        m_axis_video_V_keep_V_1_vld_in = 1'b1;
    end else begin
        m_axis_video_V_keep_V_1_vld_in = 1'b0;
    end
end

always @ (*) begin
    if ((m_axis_video_V_last_V_1_sel == 1'b1)) begin
        m_axis_video_V_last_V_1_data_out = m_axis_video_V_last_V_1_payload_B;
    end else begin
        m_axis_video_V_last_V_1_data_out = m_axis_video_V_last_V_1_payload_A;
    end
end

always @ (*) begin
    if (((icmp_ln213_reg_316 == 1'd0) & (1'b0 == ap_block_pp0_stage0_11001) & (ap_enable_reg_pp0_iter1 == 1'b1) & (1'b1 == ap_CS_fsm_pp0_stage0))) begin
        m_axis_video_V_last_V_1_vld_in = 1'b1;
    end else begin
        m_axis_video_V_last_V_1_vld_in = 1'b0;
    end
end

always @ (*) begin
    if (((icmp_ln213_reg_316 == 1'd0) & (1'b0 == ap_block_pp0_stage0_11001) & (ap_enable_reg_pp0_iter1 == 1'b1) & (1'b1 == ap_CS_fsm_pp0_stage0))) begin
        m_axis_video_V_strb_V_1_vld_in = 1'b1;
    end else begin
        m_axis_video_V_strb_V_1_vld_in = 1'b0;
    end
end

always @ (*) begin
    if ((m_axis_video_V_user_V_1_sel == 1'b1)) begin
        m_axis_video_V_user_V_1_data_out = m_axis_video_V_user_V_1_payload_B;
    end else begin
        m_axis_video_V_user_V_1_data_out = m_axis_video_V_user_V_1_payload_A;
    end
end

always @ (*) begin
    if (((icmp_ln213_reg_316 == 1'd0) & (1'b0 == ap_block_pp0_stage0_11001) & (ap_enable_reg_pp0_iter1 == 1'b1) & (1'b1 == ap_CS_fsm_pp0_stage0))) begin
        m_axis_video_V_user_V_1_vld_in = 1'b1;
    end else begin
        m_axis_video_V_user_V_1_vld_in = 1'b0;
    end
end

always @ (*) begin
    case (ap_CS_fsm)
        ap_ST_fsm_state1 : begin
            if ((~((ap_start == 1'b0) | (ap_done_reg == 1'b1)) & (1'b1 == ap_CS_fsm_state1))) begin
                ap_NS_fsm = ap_ST_fsm_state2;
            end else begin
                ap_NS_fsm = ap_ST_fsm_state1;
            end
        end
        ap_ST_fsm_state2 : begin
            if ((~((m_axis_video_V_dest_V_1_state == 2'd1) | (m_axis_video_V_id_V_1_state == 2'd1) | (m_axis_video_V_last_V_1_state == 2'd1) | (m_axis_video_V_user_V_1_state == 2'd1) | (m_axis_video_V_strb_V_1_state == 2'd1) | (m_axis_video_V_keep_V_1_state == 2'd1) | (m_axis_video_V_data_V_1_state == 2'd1) | ((m_axis_video_V_data_V_1_state == 2'd3) & (m_axis_video_TREADY == 1'b0)) | ((m_axis_video_V_dest_V_1_state == 2'd3) & (m_axis_video_TREADY == 1'b0)) | ((m_axis_video_V_id_V_1_state == 2'd3) & (m_axis_video_TREADY == 1'b0)) | ((m_axis_video_V_last_V_1_state == 2'd3) & (m_axis_video_TREADY == 1'b0)) | ((m_axis_video_V_user_V_1_state == 2'd3) & (m_axis_video_TREADY == 1'b0)) | ((m_axis_video_V_strb_V_1_state == 2'd3) & (m_axis_video_TREADY == 1'b0)) | ((m_axis_video_V_keep_V_1_state == 2'd3) & (m_axis_video_TREADY == 1'b0))) & (icmp_ln211_fu_222_p2 == 1'd1) & (1'b1 == ap_CS_fsm_state2))) begin
                ap_NS_fsm = ap_ST_fsm_state1;
            end else if ((~((m_axis_video_V_dest_V_1_state == 2'd1) | (m_axis_video_V_id_V_1_state == 2'd1) | (m_axis_video_V_last_V_1_state == 2'd1) | (m_axis_video_V_user_V_1_state == 2'd1) | (m_axis_video_V_strb_V_1_state == 2'd1) | (m_axis_video_V_keep_V_1_state == 2'd1) | (m_axis_video_V_data_V_1_state == 2'd1) | ((m_axis_video_V_data_V_1_state == 2'd3) & (m_axis_video_TREADY == 1'b0)) | ((m_axis_video_V_dest_V_1_state == 2'd3) & (m_axis_video_TREADY == 1'b0)) | ((m_axis_video_V_id_V_1_state == 2'd3) & (m_axis_video_TREADY == 1'b0)) | ((m_axis_video_V_last_V_1_state == 2'd3) & (m_axis_video_TREADY == 1'b0)) | ((m_axis_video_V_user_V_1_state == 2'd3) & (m_axis_video_TREADY == 1'b0)) | ((m_axis_video_V_strb_V_1_state == 2'd3) & (m_axis_video_TREADY == 1'b0)) | ((m_axis_video_V_keep_V_1_state == 2'd3) & (m_axis_video_TREADY == 1'b0))) & (icmp_ln211_fu_222_p2 == 1'd0) & (1'b1 == ap_CS_fsm_state2))) begin
                ap_NS_fsm = ap_ST_fsm_pp0_stage0;
            end else begin
                ap_NS_fsm = ap_ST_fsm_state2;
            end
        end
        ap_ST_fsm_pp0_stage0 : begin
            if ((~((icmp_ln213_fu_233_p2 == 1'd1) & (1'b0 == ap_block_pp0_stage0_subdone) & (ap_enable_reg_pp0_iter1 == 1'b0) & (ap_enable_reg_pp0_iter0 == 1'b1)) & ~((1'b0 == ap_block_pp0_stage0_subdone) & (ap_enable_reg_pp0_iter1 == 1'b0) & (ap_enable_reg_pp0_iter2 == 1'b1)))) begin
                ap_NS_fsm = ap_ST_fsm_pp0_stage0;
            end else if ((((icmp_ln213_fu_233_p2 == 1'd1) & (1'b0 == ap_block_pp0_stage0_subdone) & (ap_enable_reg_pp0_iter1 == 1'b0) & (ap_enable_reg_pp0_iter0 == 1'b1)) | ((1'b0 == ap_block_pp0_stage0_subdone) & (ap_enable_reg_pp0_iter1 == 1'b0) & (ap_enable_reg_pp0_iter2 == 1'b1)))) begin
                ap_NS_fsm = ap_ST_fsm_state6;
            end else begin
                ap_NS_fsm = ap_ST_fsm_pp0_stage0;
            end
        end
        ap_ST_fsm_state6 : begin
            ap_NS_fsm = ap_ST_fsm_state2;
        end
        default : begin
            ap_NS_fsm = 'bx;
        end
    endcase
end

assign ap_CS_fsm_pp0_stage0 = ap_CS_fsm[32'd2];

assign ap_CS_fsm_state1 = ap_CS_fsm[32'd0];

assign ap_CS_fsm_state2 = ap_CS_fsm[32'd1];

assign ap_CS_fsm_state6 = ap_CS_fsm[32'd3];

assign ap_block_pp0_stage0 = ~(1'b1 == 1'b1);

always @ (*) begin
    ap_block_pp0_stage0_01001 = ((icmp_ln213_reg_316 == 1'd0) & (io_acc_block_signal_op35 == 1'b0) & (ap_enable_reg_pp0_iter1 == 1'b1));
end

always @ (*) begin
    ap_block_pp0_stage0_11001 = (((1'b1 == ap_block_state5_io) & (ap_enable_reg_pp0_iter2 == 1'b1)) | ((ap_enable_reg_pp0_iter1 == 1'b1) & ((1'b1 == ap_block_state4_io) | ((icmp_ln213_reg_316 == 1'd0) & (io_acc_block_signal_op35 == 1'b0)))));
end

always @ (*) begin
    ap_block_pp0_stage0_subdone = (((1'b1 == ap_block_state5_io) & (ap_enable_reg_pp0_iter2 == 1'b1)) | ((ap_enable_reg_pp0_iter1 == 1'b1) & ((1'b1 == ap_block_state4_io) | ((icmp_ln213_reg_316 == 1'd0) & (io_acc_block_signal_op35 == 1'b0)))));
end

always @ (*) begin
    ap_block_state1 = ((ap_start == 1'b0) | (ap_done_reg == 1'b1));
end

always @ (*) begin
    ap_block_state2 = ((m_axis_video_V_dest_V_1_state == 2'd1) | (m_axis_video_V_id_V_1_state == 2'd1) | (m_axis_video_V_last_V_1_state == 2'd1) | (m_axis_video_V_user_V_1_state == 2'd1) | (m_axis_video_V_strb_V_1_state == 2'd1) | (m_axis_video_V_keep_V_1_state == 2'd1) | (m_axis_video_V_data_V_1_state == 2'd1) | ((m_axis_video_V_data_V_1_state == 2'd3) & (m_axis_video_TREADY == 1'b0)) | ((m_axis_video_V_dest_V_1_state == 2'd3) & (m_axis_video_TREADY == 1'b0)) | ((m_axis_video_V_id_V_1_state == 2'd3) & (m_axis_video_TREADY == 1'b0)) | ((m_axis_video_V_last_V_1_state == 2'd3) & (m_axis_video_TREADY == 1'b0)) | ((m_axis_video_V_user_V_1_state == 2'd3) & (m_axis_video_TREADY == 1'b0)) | ((m_axis_video_V_strb_V_1_state == 2'd3) & (m_axis_video_TREADY == 1'b0)) | ((m_axis_video_V_keep_V_1_state == 2'd3) & (m_axis_video_TREADY == 1'b0)));
end

assign ap_block_state3_pp0_stage0_iter0 = ~(1'b1 == 1'b1);

always @ (*) begin
    ap_block_state4_io = ((icmp_ln213_reg_316 == 1'd0) & (m_axis_video_V_data_V_1_ack_in == 1'b0));
end

always @ (*) begin
    ap_block_state4_pp0_stage0_iter1 = ((icmp_ln213_reg_316 == 1'd0) & (io_acc_block_signal_op35 == 1'b0));
end

always @ (*) begin
    ap_block_state5_io = ((icmp_ln213_reg_316_pp0_iter1_reg == 1'd0) & (m_axis_video_V_data_V_1_ack_in == 1'b0));
end

assign ap_block_state5_pp0_stage0_iter2 = ~(1'b1 == 1'b1);

assign ap_enable_pp0 = (ap_idle_pp0 ^ 1'b1);

assign cols_V_fu_203_p1 = HwReg_width[10:0];

assign i_V_fu_227_p2 = (t_V_reg_177 + 10'd1);

assign icmp_ln211_fu_222_p2 = ((t_V_reg_177 == rows_V_fu_199_p1) ? 1'b1 : 1'b0);

assign icmp_ln213_fu_233_p2 = ((t_V_1_reg_188 == cols_V_fu_203_p1) ? 1'b1 : 1'b0);

assign io_acc_block_signal_op35 = (imgUnzip_V_val_2_V_empty_n & imgUnzip_V_val_1_V_empty_n & imgUnzip_V_val_0_V_empty_n);

assign j_V_fu_238_p2 = (t_V_1_reg_188 + 11'd1);

assign m_axis_video_TDATA = m_axis_video_V_data_V_1_data_out;

assign m_axis_video_TDEST = m_axis_video_V_dest_V_1_data_out;

assign m_axis_video_TID = m_axis_video_V_id_V_1_data_out;

assign m_axis_video_TKEEP = m_axis_video_V_keep_V_1_data_out;

assign m_axis_video_TLAST = m_axis_video_V_last_V_1_data_out;

assign m_axis_video_TSTRB = m_axis_video_V_strb_V_1_data_out;

assign m_axis_video_TUSER = m_axis_video_V_user_V_1_data_out;

assign m_axis_video_TVALID = m_axis_video_V_dest_V_1_state[1'd0];

assign m_axis_video_V_data_V_1_ack_in = m_axis_video_V_data_V_1_state[1'd1];

assign m_axis_video_V_data_V_1_ack_out = m_axis_video_TREADY;

assign m_axis_video_V_data_V_1_load_A = (m_axis_video_V_data_V_1_state_cmp_full & ~m_axis_video_V_data_V_1_sel_wr);

assign m_axis_video_V_data_V_1_load_B = (m_axis_video_V_data_V_1_state_cmp_full & m_axis_video_V_data_V_1_sel_wr);

assign m_axis_video_V_data_V_1_sel = m_axis_video_V_data_V_1_sel_rd;

assign m_axis_video_V_data_V_1_state_cmp_full = ((m_axis_video_V_data_V_1_state != 2'd1) ? 1'b1 : 1'b0);

assign m_axis_video_V_data_V_1_vld_out = m_axis_video_V_data_V_1_state[1'd0];

assign m_axis_video_V_dest_V_1_ack_out = m_axis_video_TREADY;

assign m_axis_video_V_dest_V_1_data_out = 1'd0;

assign m_axis_video_V_dest_V_1_sel = m_axis_video_V_dest_V_1_sel_rd;

assign m_axis_video_V_dest_V_1_vld_out = m_axis_video_V_dest_V_1_state[1'd0];

assign m_axis_video_V_id_V_1_ack_out = m_axis_video_TREADY;

assign m_axis_video_V_id_V_1_data_out = 1'd0;

assign m_axis_video_V_id_V_1_sel = m_axis_video_V_id_V_1_sel_rd;

assign m_axis_video_V_id_V_1_vld_out = m_axis_video_V_id_V_1_state[1'd0];

assign m_axis_video_V_keep_V_1_ack_out = m_axis_video_TREADY;

assign m_axis_video_V_keep_V_1_data_out = 3'd7;

assign m_axis_video_V_keep_V_1_sel = m_axis_video_V_keep_V_1_sel_rd;

assign m_axis_video_V_keep_V_1_vld_out = m_axis_video_V_keep_V_1_state[1'd0];

assign m_axis_video_V_last_V_1_ack_in = m_axis_video_V_last_V_1_state[1'd1];

assign m_axis_video_V_last_V_1_ack_out = m_axis_video_TREADY;

assign m_axis_video_V_last_V_1_load_A = (m_axis_video_V_last_V_1_state_cmp_full & ~m_axis_video_V_last_V_1_sel_wr);

assign m_axis_video_V_last_V_1_load_B = (m_axis_video_V_last_V_1_state_cmp_full & m_axis_video_V_last_V_1_sel_wr);

assign m_axis_video_V_last_V_1_sel = m_axis_video_V_last_V_1_sel_rd;

assign m_axis_video_V_last_V_1_state_cmp_full = ((m_axis_video_V_last_V_1_state != 2'd1) ? 1'b1 : 1'b0);

assign m_axis_video_V_last_V_1_vld_out = m_axis_video_V_last_V_1_state[1'd0];

assign m_axis_video_V_strb_V_1_ack_out = m_axis_video_TREADY;

assign m_axis_video_V_strb_V_1_data_out = 3'd0;

assign m_axis_video_V_strb_V_1_sel = m_axis_video_V_strb_V_1_sel_rd;

assign m_axis_video_V_strb_V_1_vld_out = m_axis_video_V_strb_V_1_state[1'd0];

assign m_axis_video_V_user_V_1_ack_in = m_axis_video_V_user_V_1_state[1'd1];

assign m_axis_video_V_user_V_1_ack_out = m_axis_video_TREADY;

assign m_axis_video_V_user_V_1_load_A = (m_axis_video_V_user_V_1_state_cmp_full & ~m_axis_video_V_user_V_1_sel_wr);

assign m_axis_video_V_user_V_1_load_B = (m_axis_video_V_user_V_1_state_cmp_full & m_axis_video_V_user_V_1_sel_wr);

assign m_axis_video_V_user_V_1_sel = m_axis_video_V_user_V_1_sel_rd;

assign m_axis_video_V_user_V_1_state_cmp_full = ((m_axis_video_V_user_V_1_state != 2'd1) ? 1'b1 : 1'b0);

assign m_axis_video_V_user_V_1_vld_out = m_axis_video_V_user_V_1_state[1'd0];

assign ret_V_fu_211_p2 = ($signed(12'd4095) + $signed(zext_ln1354_fu_207_p1));

assign rows_V_fu_199_p1 = HwReg_height[9:0];

assign tmp_data_V_fu_269_p4 = {{{imgUnzip_V_val_2_V_dout}, {imgUnzip_V_val_1_V_dout}}, {imgUnzip_V_val_0_V_dout}};

assign tmp_last_V_fu_248_p2 = ((zext_ln879_fu_244_p1 == ret_V_fu_211_p2) ? 1'b1 : 1'b0);

assign zext_ln1354_fu_207_p1 = cols_V_fu_203_p1;

assign zext_ln879_fu_244_p1 = t_V_1_reg_188;

endmodule //design_1_v_demosaic_0_0_MultiPixStream2AXIvi